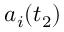
a _ { i } ( t _ { 2 } )